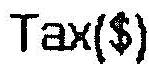
TAX($)